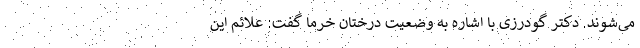
می‌شوند. دکتر گودرزی با اشاره به وضعیت درختان خرما گفت: علائم این